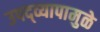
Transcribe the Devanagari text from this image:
उपद्‌व्यापामुळे